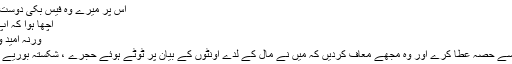
اس پر میرے وہ فیس بُکی دوست مجھ سے جُدا ہوگئے :
اچھا ہوا کہ آپ بھی ہم سے جُدا ہوئے
ورنہ اُمید و یاس کا قصّہ دراز تھا
اللہ اُنہیں اپنے علم میں سے حصّہ عطا کرے اور وہ مجھے معاف کردیں کہ میں نے مال کے لدے اونٹوں کے بیان پر ٹوٹے ہوئے حجرے ، شکستہ بوریے اور فقر کو ترجیح دی ۔